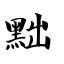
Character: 黜